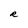
Character: R